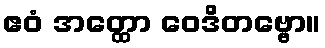
ဧဝံ အတ္ထော ဝေဒိတဗ္ဗော။